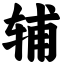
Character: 辅